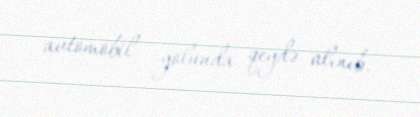
avtomobil yolunda qeydə alınıb.